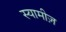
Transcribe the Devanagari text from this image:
स्यामीज़